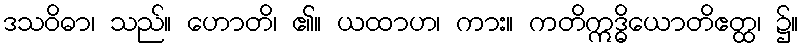
ဒသဝိဓာ၊ သည်။ ဟောတိ၊ ၏။ ယထာဟ၊ ကား။ ကတိဣဒ္ဓိယောတိဧတ္ထ၊ ၌။